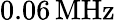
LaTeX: {0.06}\, \mathrm{MHz}